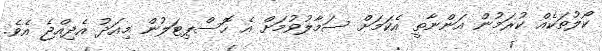
ކޯލުތަކެއް ކުރަމުން އަންނާތީ އެކަމަށް ސަމާލުވުމަށް އެ ހޮސްޕިޓަލުން މިއަދު އެދިއްޖެ އެވެ.